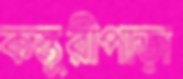
কস্তুরীপাড়া